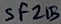
Text: SF215